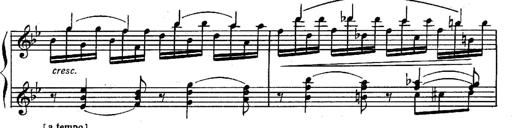
Title: Sonatina in G minor for piano
Composer: Nikolay Medtner
Key: G minor